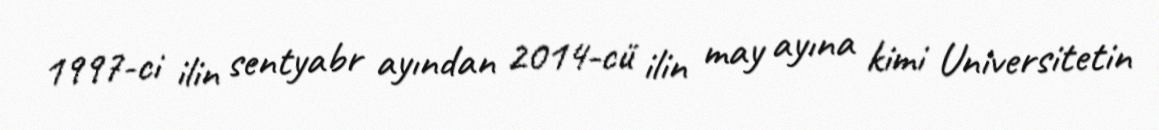
1997-ci ilin sentyabr ayından 2014-cü ilin may ayına kimi Universitetin